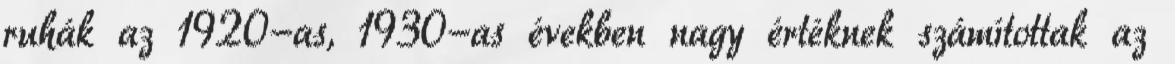
ruhák az 1920-as, 1930-as években nagy értéknek számítottak az